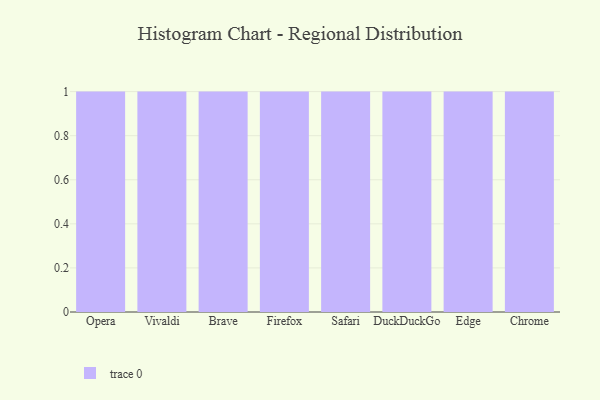
{"axis": {"x": "Browser", "y": "Market Share (%)"}, "legend": [""], "data": [{"x": "Opera", "y": 66, "type": ""}, {"x": "Vivaldi", "y": 43, "type": ""}, {"x": "Brave", "y": 9, "type": ""}, {"x": "Firefox", "y": 76, "type": ""}, {"x": "Safari", "y": 44, "type": ""}, {"x": "DuckDuckGo", "y": 43, "type": ""}, {"x": "Edge", "y": 51, "type": ""}, {"x": "Chrome", "y": 46, "type": ""}]}